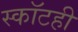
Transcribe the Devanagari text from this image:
स्कॉटही